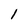
Character: l